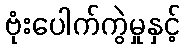
ဗုံးပေါက်ကွဲမှုနှင့်